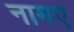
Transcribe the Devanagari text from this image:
नामए